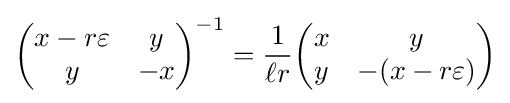
{\begin{pmatrix}x-r\varepsilon &y\\y&-x\end{pmatrix}}^{-1}={\frac {1}{\ell r}}{\begin{pmatrix}x&y\\y&-(x-r\varepsilon )\end{pmatrix}}